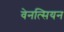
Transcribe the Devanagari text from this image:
वेनत्सियन